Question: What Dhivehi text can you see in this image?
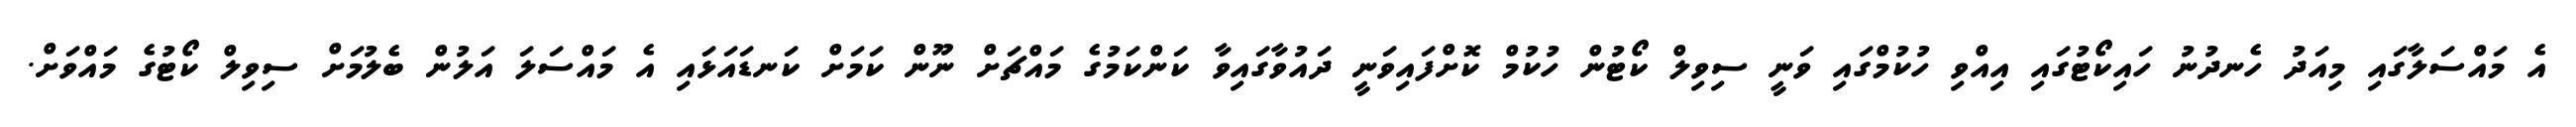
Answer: އެ މައްސަލާގައި މިއަދު ހެނދުނު ހައިކޯޓުގައި އިއްވި ހުކުމްގައި ވަނީ ސިވިލް ކޯޓުން ހުކުމް ކޮށްފައިވަނީ ދައުވާގައިވާ ކަންކަމުގެ މައްޗަށް ނޫން ކަމަށް ކަނޑައަޅައި އެ މައްސަލަ އަލުން ބެލުމަށް ސިވިލް ކޯޓުގެ މައްވަށް.